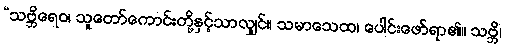
“သဗ္ဘိရေဝ၊ သူတော်ကောင်းတို့နှင့်သာလျှင်။ သမာသေထ၊ ပေါင်းဖော်ရာ၏။ သဗ္ဘိ၊